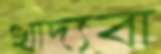
খাদ্যবা